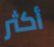
أكثر